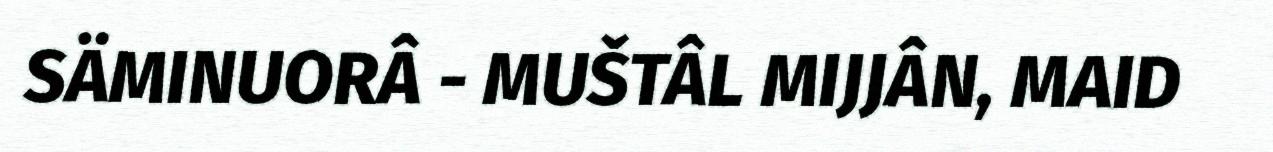
SÄMINUORÂ - MUŠTÂL MIJJÂN, MAID